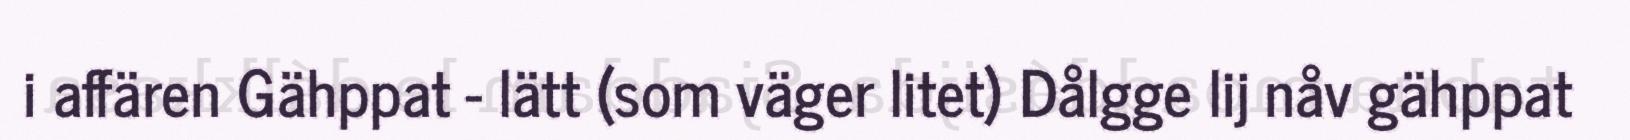
i affären Gähppat - lätt (som väger litet) Dålgge lij nåv gähppat